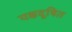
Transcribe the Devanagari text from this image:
यक्षदूषित